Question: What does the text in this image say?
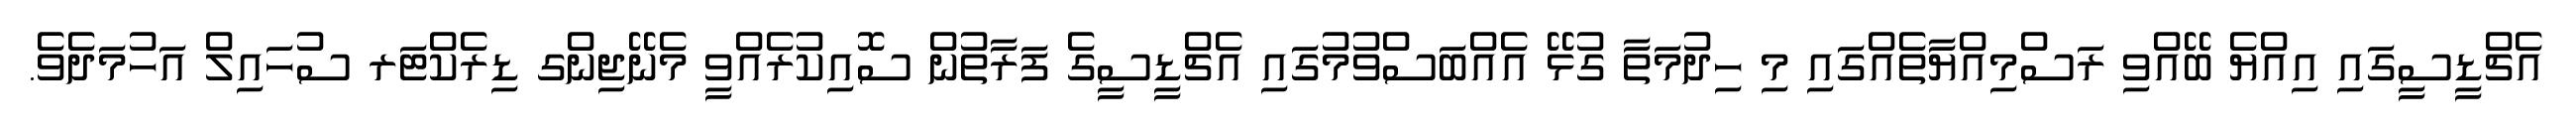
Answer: އެޗްޑީސީގައި އިއްޔެ ބޭއްވި ރަސްމިއްޔާތެއްގައި މި ހިދުމަތާ ގުޅޭ އެއްބަސްވުމުގައި އެޗްޑީސީގެ ފަރާތުން ސޮއިކުރެއްވީ މެނޭޖިންގ ޑިރެކްޓަރ ސުހައިލް އަހުމަދެވެ.